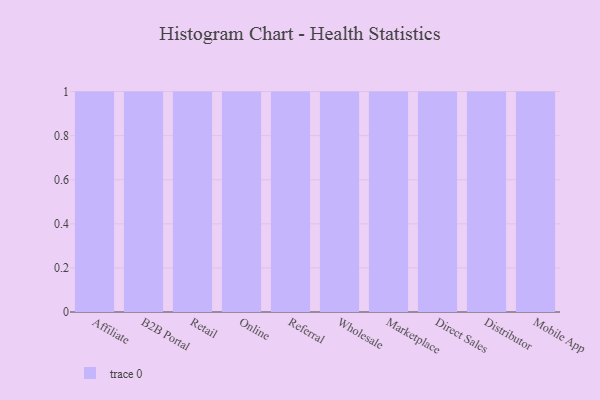
{"axis": {"x": "Channel", "y": "Demand Index"}, "legend": [""], "data": [{"x": "Affiliate", "y": 42, "type": ""}, {"x": "B2B Portal", "y": 71, "type": ""}, {"x": "Retail", "y": 43, "type": ""}, {"x": "Online", "y": 25, "type": ""}, {"x": "Referral", "y": 93, "type": ""}, {"x": "Wholesale", "y": 32, "type": ""}, {"x": "Marketplace", "y": 91, "type": ""}, {"x": "Direct Sales", "y": 86, "type": ""}, {"x": "Distributor", "y": 17, "type": ""}, {"x": "Mobile App", "y": 82, "type": ""}]}